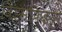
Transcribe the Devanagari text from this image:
विंडसफिइर्ग